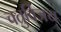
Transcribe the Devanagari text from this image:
चतुर्विजय